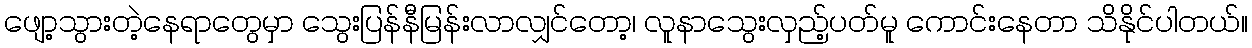
ဖျော့သွားတဲ့နေရာတွေမှာ သွေးပြန်နီမြန်းလာလျှင်တော့၊ လူနာသွေးလှည့်ပတ်မူ ကောင်းနေတာ သိနိုင်ပါတယ်။